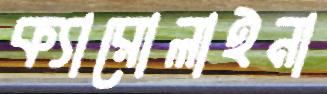
ক্যারোলাইনা